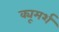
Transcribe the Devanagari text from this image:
क्यूमर्श